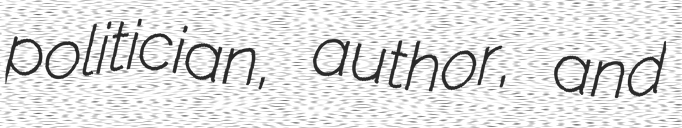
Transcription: politician, author, and